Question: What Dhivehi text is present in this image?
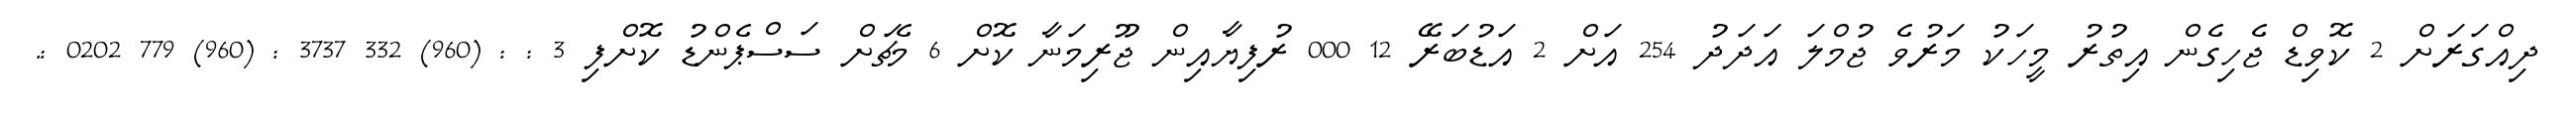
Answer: ދިއްގަރަށް 2 ކޮވިޑް ޖެހިގެން އިތުރު މީހަކު މަރުވެ ޖުމްލަ އަދަދު 254 އަށް 2 އަޑުބަރޭ 12 000 ރުފިޔާއިން ޖޫރިމަނާ ކޮށް 6 މެޗަށް ސަސްޕެންޑު ކޮށްފި 3 : : (960) 332 3737 : (960) 779 0202 :.